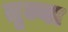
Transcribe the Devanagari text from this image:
तृज्या